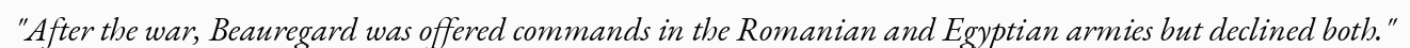
"After the war, Beauregard was offered commands in the Romanian and Egyptian armies but declined both."